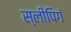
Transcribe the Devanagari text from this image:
स्लीपिगं